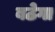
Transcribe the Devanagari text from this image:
बठेगा